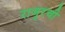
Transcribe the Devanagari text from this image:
राजुरची